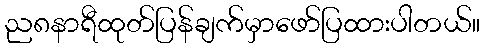
ည၈နာရီထုတ်ပြန်ချက်မှာဖော်ပြထားပါတယ်။